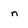
Character: n